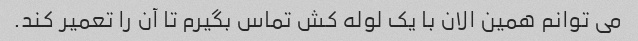
می توانم همین الان با یک لوله کش تماس بگیرم تا آن را تعمیر کند.